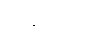
အဗ္ဘိတော